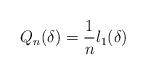
LaTeX: \begin{align*} Q_n(\delta)=\frac{1}{n} l_1(\delta)\end{align*}